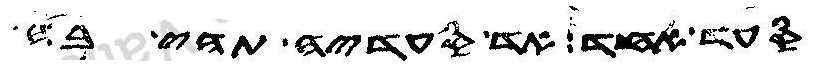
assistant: סעד אחד אד סעדיה תהי בה